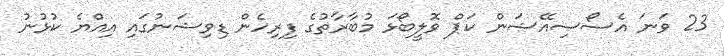
23 ވަނަ އެސޯސިއޭޝަން ކަޕް ވޮލީބޯޅަ މުބާރާތުގެ ފިރިހެން ޑިވިޝަނުގައި އިއްޔެ ކުޅުނު